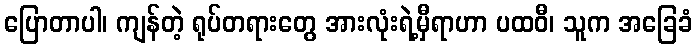
ပြောတာပါ၊ ကျန်တဲ့ ရုပ်တရားတွေ အားလုံးရဲ့မှီရာဟာ ပထဝီ၊ သူက အခြေခံ